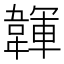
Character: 韗